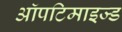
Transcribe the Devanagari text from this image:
ऑपटिमाइज्ड